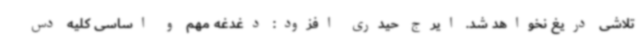
تلاشی دریغ نخواهد شد. ایرج حیدری افزود: دغدغه مهم و اساسی کلیه دس